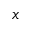
x